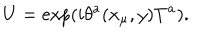
U = \exp ( i \theta ^ { a } ( x _ { \mu } , y ) T ^ { a } ) .